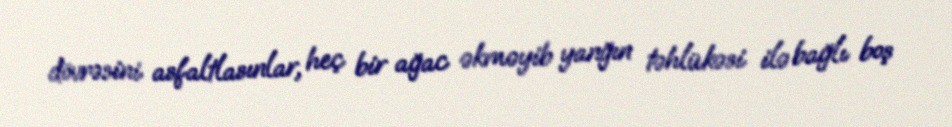
dövrəsini asfaltlasınlar, heç bir ağac əkməyib yanğın təhlükəsi ilə bağlı boş